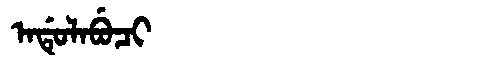
Manchu: ᠠᡩᡠᠯᠠᠪᡠᠴᡳ
Romanization: ADULABUCI